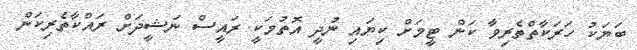
ބަޔަކު ހަރަކާތްތެރިވާ ކަން ޓީމަށް ކިޔައި ނުދީ އޮތުމަކީ ރައީސް ނަޝީދަށް ރައްކާތެރިކަން